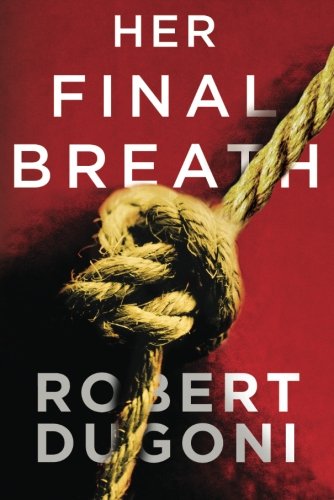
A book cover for Her Final Breath (The Tracy Crosswhite Series); Robert Dugoni; Mystery, Thriller & Suspense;